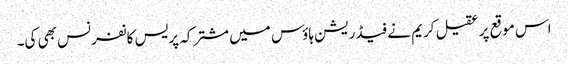
اس موقع پر عقیل کریم نے فیڈریشن ہاؤس میں مشترکہ پریس کانفرنس بھی کی۔